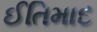
ઈતિમાદ